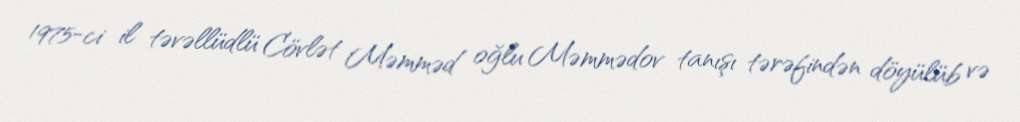
1975-ci il təvəllüdlü Cövlət Məmməd oğlu Məmmədov tanışı tərəfindən döyülüb və